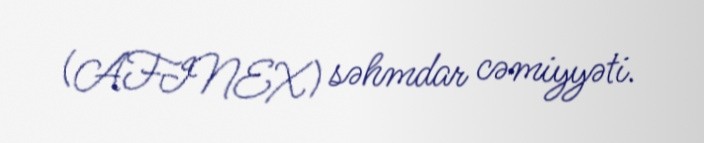
(AFINEX) səhmdar cəmiyyəti.